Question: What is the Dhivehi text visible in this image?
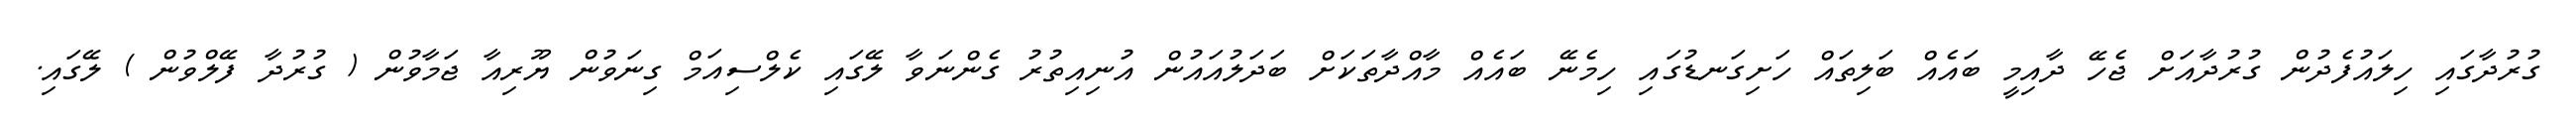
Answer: ގުރުދާގައި ހިލައުފެދުން ގުރުދާއަށް ޖެހޭ ދާއިމީ ބައެއް ބަލިތައް ހަށިގަނޑުގައި ހިމެނޭ ބައެއް މާއްދާތަކަށް ބަދަލުއައުން އުނިއިތުރު ގެންނަވާ ލޭގައި ކެލްސިއަމް ގިނަވުން ޔޫރިއާ ޖަމާވުން ( ގުރުދާ ފޭލްވުން ) ލޭގައި.